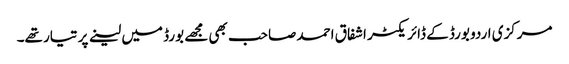
مرکزی اردو بورڈ کے ڈائریکٹر اشفاق احمد صاحب بھی مجھے بورڈ میں لینے پر تیار تھے۔